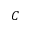
C